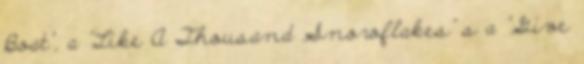
Boat", a "Like A Thousand Snowflakes" s a "Give